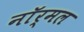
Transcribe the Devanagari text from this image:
नाॅर्मल